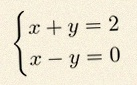
\begin{cases}x+y=2\\x-y=0\end{cases}